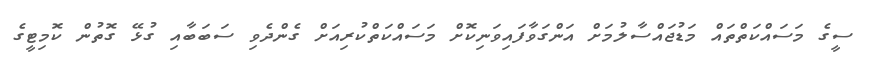
ސީގެ މަސައްކަތްތައް މަޑުޖައްސާލުމަށް އަންގަވާފައިވަނިކޮށް މަސައްކަތްކުރިއަށް ގެންދެވި ސަބަބާއި ގުޅޭ ގޮތުން ކޮމިޓީގެ